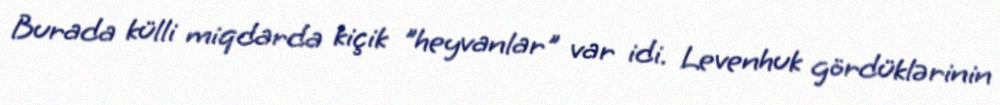
Burada külli miqdarda kiçik "heyvanlar" var idi. Levenhuk gördüklərinin